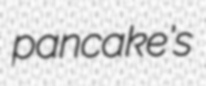
pancake's